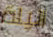
اليلة